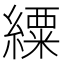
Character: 䌚